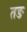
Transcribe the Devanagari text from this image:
तङ